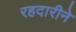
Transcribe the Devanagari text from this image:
रहदारीने